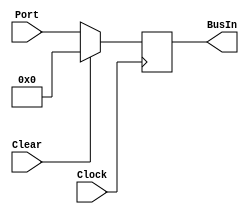
module InPort(
	output reg [31:0] BusIn,
	input [31:0] Port,
	input Clear, Clock
);
	initial BusIn = 0;
	always@(posedge Clock)
	begin
		if(Clear)
			BusIn[31:0] = 32'b0;
		else
			BusIn[31:0] = Port[31:0];
	end
endmodule